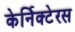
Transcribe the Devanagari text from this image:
केर्निक्टेरस